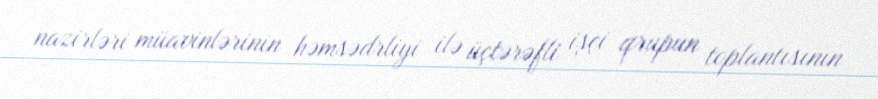
nazirləri müavinlərinin həmsədrliyi ilə üçtərəfli işçi qrupun toplantısının